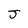
Character: J